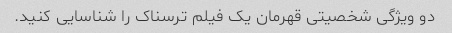
دو ویژگی شخصیتی قهرمان یک فیلم ترسناک را شناسایی کنید.